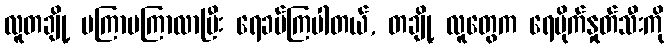
လူတချို့ မကြာမကြာလာပြီး ရေခပ်ကြပါတယ်, တချို့ လူတွေက ရေပိုက်နှုတ်သီးကို